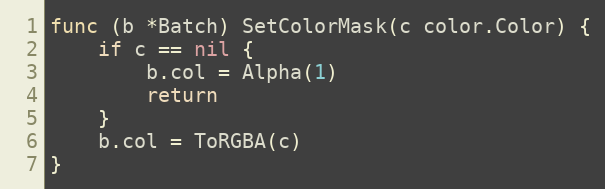
Language: Go
func (b *Batch) SetColorMask(c color.Color) {
	if c == nil {
		b.col = Alpha(1)
		return
	}
	b.col = ToRGBA(c)
}